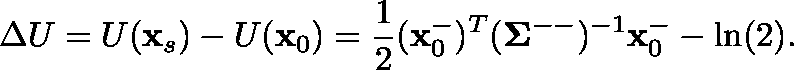
\Delta U = U ( \mathbf { x } _ { s } ) - U ( \mathbf { x } _ { 0 } ) = \frac { 1 } { 2 } ( \mathbf { x } _ { 0 } ^ { - } ) ^ { T } ( \mathbf { \Sigma } ^ { -- } ) ^ { - 1 } \mathbf { x } _ { 0 } ^ { - } - \ln ( 2 ) .